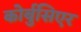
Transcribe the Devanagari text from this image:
कोर्बुसिएर